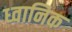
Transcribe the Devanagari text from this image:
ध्‍वानिक